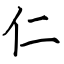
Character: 仁